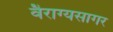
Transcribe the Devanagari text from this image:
वैराग्यसागर